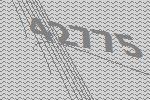
42775